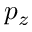
p _ { z }